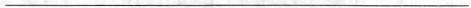
___